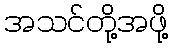
အသင်တို့အဖို့